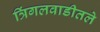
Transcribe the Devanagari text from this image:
त्रिंगलवाडीतले